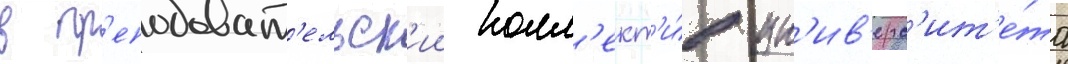
в пр'еподават'ельск'ии колл'ект'и́в ун'ив'ерс'ит'е́та